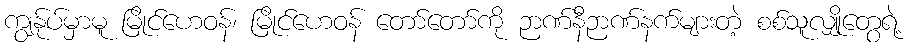
ကျွန်ုပ်မှာမူ မြိုင်ဟေဝန်၊ မြိုင်ဟေဝန် တော်တော်ကို ဉာဏ်နီဉာဏ်နက်များတဲ့ စစ်သူလျှိုတွေရဲ့